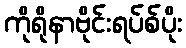
ကိုရိုနာဗိုင်းရပ်စ်ပိုး